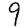
Digit: 9